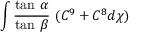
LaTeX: \int \frac { \mathrm { t a n } ~ \alpha } { \mathrm { t a n } ~ \beta } ~ ( C ^ { 9 } + C ^ { 8 } d \chi )